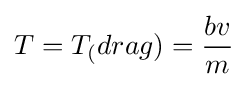
T=T_{(}drag)={\frac {bv}{m}}